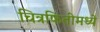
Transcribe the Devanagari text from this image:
चित्रफितीमध्ये